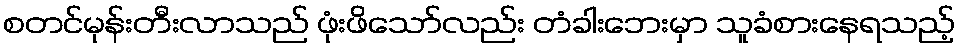
စတင်မုန်းတီးလာသည် ဖုံးဖိသော်လည်း တံခါးဘေးမှာ သူခံစားနေရသည့်